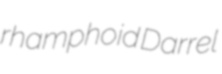
rhamphoid Darrel